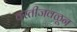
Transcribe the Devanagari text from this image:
वस्तीजवळून